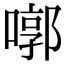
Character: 㗥